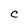
Character: C